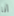
أنا